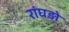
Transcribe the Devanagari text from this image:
रांघड़ो